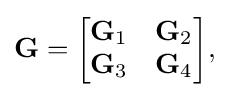
{\bf {G}}={{\begin{bmatrix}{\bf {G}}_{1}&{\bf {G}}_{2}\\{\bf {G}}_{3}&{\bf {G}}_{4}\end{bmatrix}},}